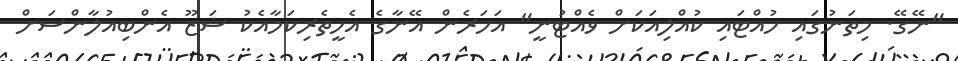
"ނޭގޭ. މިތަނުގައި ހުއްޓައި ކުއްލިއަކަށް ވެއްޓުނީ" އަހަރެން އޭނާގެ އެހީތެރިކަމާއެކު ޝަޒޫ އެންބިއުލާންސަށް